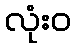
လုံးဝ